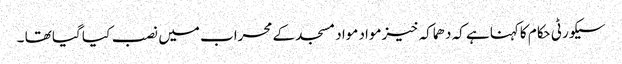
سیکورٹی حکام کاکہنا ہے کہ دھماکہ خیزمواد مواد مسجد کے محراب میں نصب کیا گیا تھا ۔